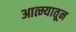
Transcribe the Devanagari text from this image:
आत्म्यातून